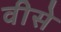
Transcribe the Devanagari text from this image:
वीसे